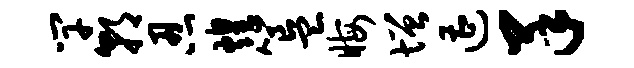
竿朝忍煌簋晦增遭羊